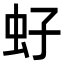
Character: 虸